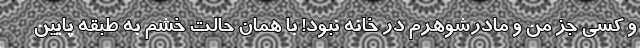
و کسی جز من و مادرشوهرم در خانه نبود! با همان حالت خشم به طبقه پایین